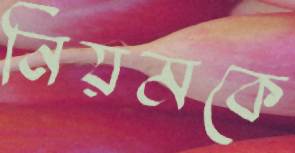
নিয়মকে